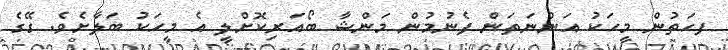
ފހަތުން މީހަކު އަންނަތަން ފެނުމުން މަންޝާ ބޯއަރިކޮށްލީ އެ މީހަކު ބަލާށެވެ. ގޭގެ